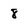
Character: 8